Calcutta medical institutions reports 1892-1900
Year: 1892
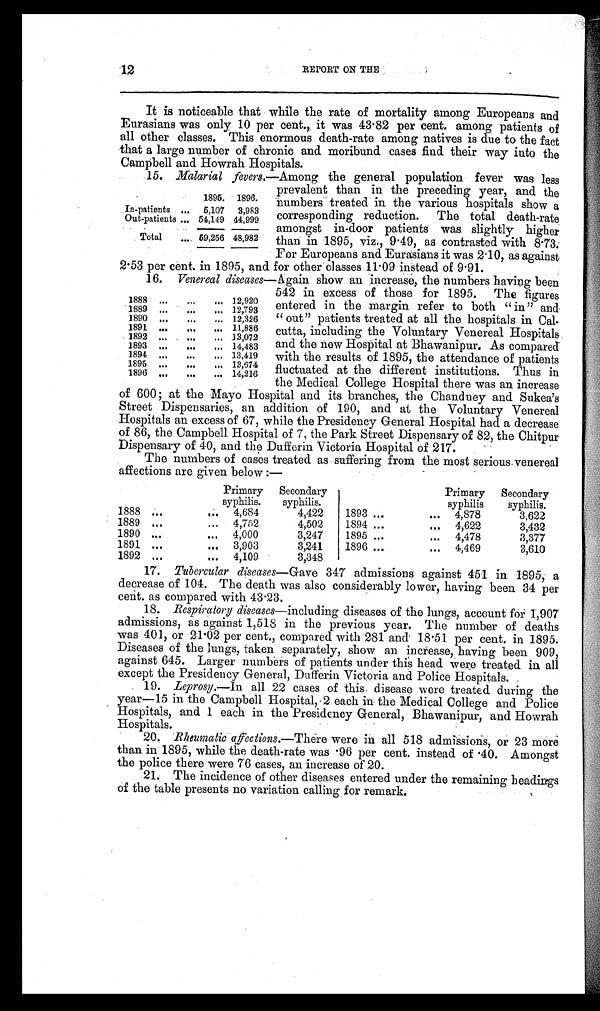
CALCUTTA MEDICAL INSTITUTIONS.
28. The Presidency General Hospital had 500 operations, the most
important of which are detailed below :-
15
Number.
Litholapaxy
1
Extraction of lens and iridectomy 2
Excision of eye-ball
1
Abdominal section
1
Radical cure of hernia
9
Number.
Radical cure of hydrocele with
excision of sac
16
Obliteration of varices
9
Amputation of thigh
1
Ditto of foot
2
There were 20 deaths, or a rate of 3 .87 per cent.
29. The Campbell Hospital returns 2,145 operations in all, performed
on 2,136 patients. Among the total number treated including those remaining
from the previous year, there were 17 deaths, or .78 per cent. There were
again, as in 1895, 34 extractions of the lens for cataract, in which the average
of success was somewhat lower. The great majority of the important opera
-tions were done by Assistant Surgeon Zuhiruddin Ahmed. The more serious of
them are noted below :—
Number.
Amputation of
— Arm
2
Forearm
4
Hand
6
Thigh
4
Leg
1
Foot
10
Number.
Extraction of lens
34
Tracheotomy
2
Lithotomy
4
Perineal section
4
Excision of maxillary bone
6
For strangulation of hernia
2
Radical cure of hernia
4
Removal of scrotal tumour
4
30. At the Mayo Hospital there were 3,158 operations and 19 deaths.
They include 43 cases of extraction of lens with an average of success
of 78 .72 per cent. The more important are shown below :—
Number.
Lithotomy
4
Litholapaxy
7
Herniotomy
4
Removal of scrotal tumour
11
Number.
Amputations of
—
Arm
1
Forearm
1
Thigh
2
Leg
4
Foot
1
In connection with the larger mortality the Superintendent states that
several deaths from poisoning are included in this return, as washing out the
stomach is regarded as an operation.
31. In the Chandney Hospital there were 1,579 operations of all kinds, one
of which was an amputation of the forearm.
32. The Police Hospital had 94 operations with one death following
paracentesis thoracis. The others were mainly the opening of abscesses and
tappings for hydrocele.
33. The Chitpur, Park Street, Sukea's Street and Bhawanipur Dispensaries
had between them 4,566 operations all told, none of which were of a serious
nature.
34. In. the D u f f e r i n V i c t o r i a H o s p i t a l t h e r e w e r e 1 8 o p e r a t i o n s , a s w e l l a s
1,195 in the out-door department. The former are mentioned below and do
not show that there has been much activity in the sphere of surgery, as
applied to female diseases:—
Number.
Paracentesis of abdomen
5
Opening of abscess
1
Curretment of uterus
4
Removal of polypus from
cervix uteri.
1
Dilatation of vagina
1
Number.
Litholapaxy
1
For vesico-vaginal fistula
1
For adherent placenta
2
Application of forceps
1
Craniotomy
I